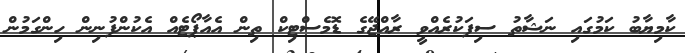
ކާމިޔާބު ކަމުގައި ނަޝާތު ސިފަކުރެއްވީ ރާއްޖޭގެ ޑޮމެސްޓިކް ތިން އެއާޕޯޓެއް އެކުންފުނިން ހިންގަމުން